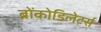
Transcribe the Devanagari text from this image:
ब्रोंकोडिलेटर्स